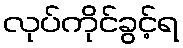
လုပ်ကိုင်ခွင့်ရ